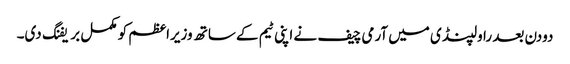
دودن بعد راولپنڈی میں آرمی چیف نے اپنی ٹیم کے ساتھ وزیراعظم کو مکمل بریفنگ دی۔